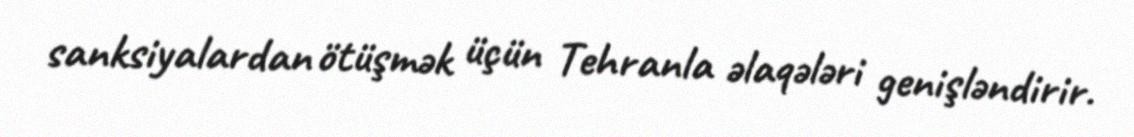
sanksiyalardan ötüşmək üçün Tehranla əlaqələri genişləndirir.